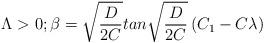
LaTeX: \begin{align*}\Lambda > 0 \vspace{.2in}; \vspace{.2in}\beta = \sqrt{\frac{D}{2C}}tan\sqrt{\frac{D}{2C}}\left ( C_1-C\lambda\right )\end{align*}